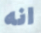
انه